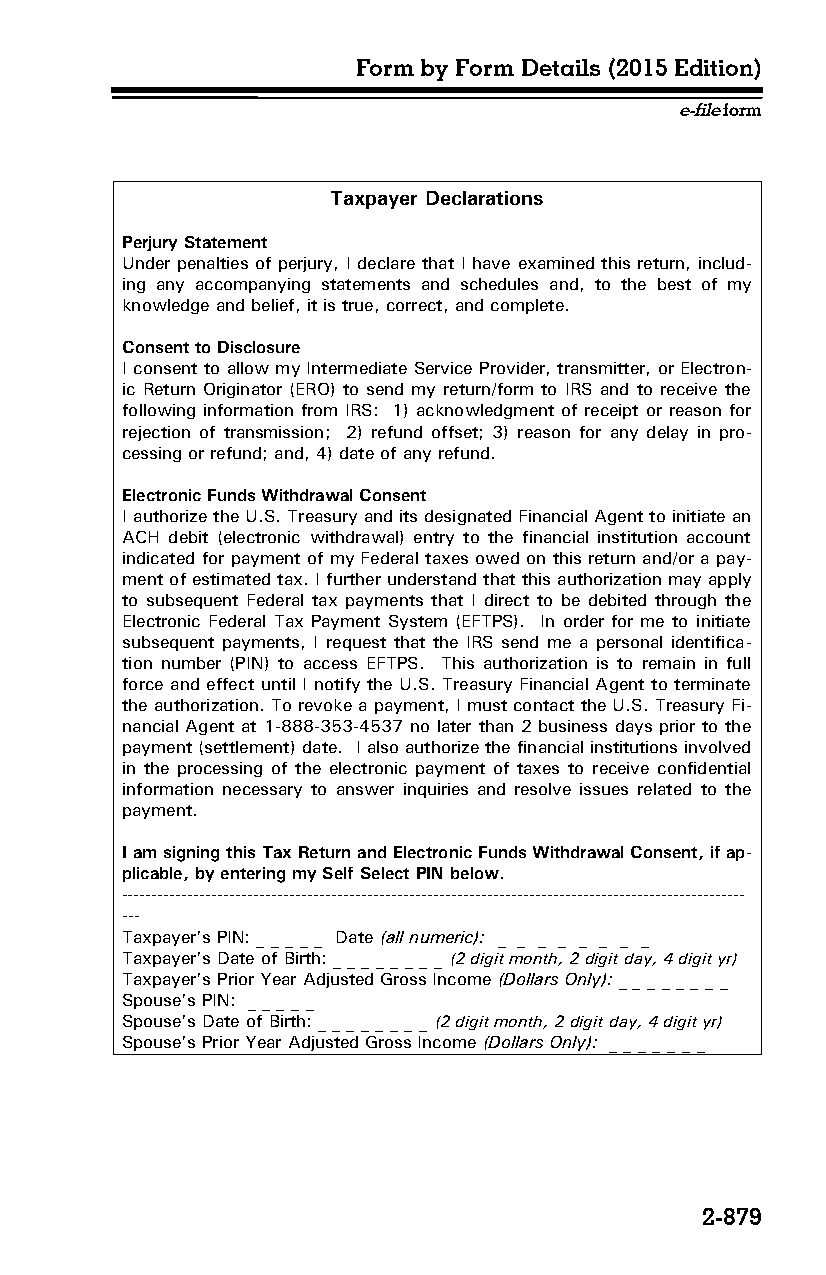
Form by Form Details (2015 Edition)
 e-file form
 Taxpayer Declarations
 Perjury Statement
 Under penalties of perjury, I declare that I have examined this return, includ­
 ing any accompanying statements and schedules and, to the best of my
 knowledge and belief, it is true, correct, and complete.
 Consent to Disclosure
 I consent to allow my Intermediate Service Provider, transmitter, or Electron­
 ic Return Originator (ERO) to send my return/form to IRS and to receive the
 following information from IRS: 1) acknowledgment of receipt or reason for
 rejection of transmission; 2) refund offset; 3) reason for any delay in pro­
 cessing or refund; and, 4) date of any refund.
 Electronic Funds Withdrawal Consent
 I authorize the U.S. Treasury and its designated Financial Agent to initiate an
 ACH debit (electronic withdrawal) entry to the financial institution account
 indicated for payment of my Federal taxes owed on this return and/or a pay­
 ment of estimated tax. I further understand that this authorization may apply
 to subsequent Federal tax payments that I direct to be debited through the
 Electronic Federal Tax Payment System (EFTPS). In order for me to initiate
 subsequent payments, I request that the IRS send me a personal identifica­
 tion number (PIN) to access EFTPS. This authorization is to remain in full
 force and effect until I notify the U.S. Treasury Financial Agent to terminate
 the authorization. To revoke a payment, I must contact the U.S. Treasury Fi­
 nancial Agent at 1-888-353-4537 no later than 2 business days prior to the
 payment (settlement) date. I also authorize the financial institutions involved
 in the processing of the electronic payment of taxes to receive confidential
 information necessary to answer inquiries and resolve issues related to the
 payment.
 I am signing this Tax Return and Electronic Funds Withdrawal Consent, if ap­
 plicable, by entering my Self Select PIN below.
 --------------------------------------------------------------------------------------------------------
 ---
 Taxpayer’s PIN: _ _ _ _ _ Date (all numeric): _ _ _ _ _ _ _ _
 Taxpayer’s Date of Birth: _ _ _ _ _ _ _ _ (2 digit month, 2 digit day, 4 digit yr)
 Taxpayer’s Prior Year Adjusted Gross Income (Dollars Only): _ _ _ _ _ _ _ _
 Spouse’s PIN: _ _ _ _ _
 Spouse’s Date of Birth: _ _ _ _ _ _ _ _ (2 digit month, 2 digit day, 4 digit yr)
 Spouse’s Prior Year Adjusted Gross Income (Dollars Only): _ _ _ _ _ _ _
 2-879